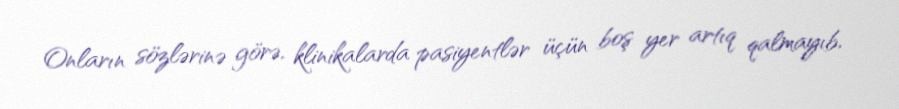
Onların sözlərinə görə, klinikalarda pasiyentlər üçün boş yer artıq qalmayıb,